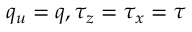
q _ { u } = q , \tau _ { z } = \tau _ { x } = \tau